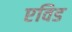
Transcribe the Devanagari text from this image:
एविड